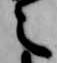
之